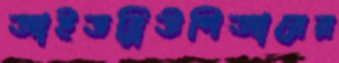
আইডব্লিউপিআরের